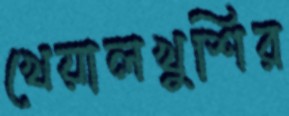
খেয়ালখুশির